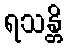
ရသန္တိ